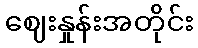
ဈေးနှုန်းအတိုင်း